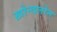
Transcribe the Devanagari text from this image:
ख़ोन्दलोन